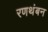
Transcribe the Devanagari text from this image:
रणथंबन